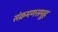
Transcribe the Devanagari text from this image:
संक्रमणसमूह